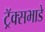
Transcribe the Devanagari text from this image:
ट्रॅक्सभाडे